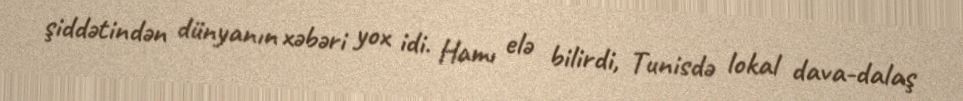
şiddətindən dünyanın xəbəri yox idi. Hamı elə bilirdi, Tunisdə lokal dava-dalaş